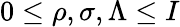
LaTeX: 0\leq\rho,\sigma,\Lambda\leq I